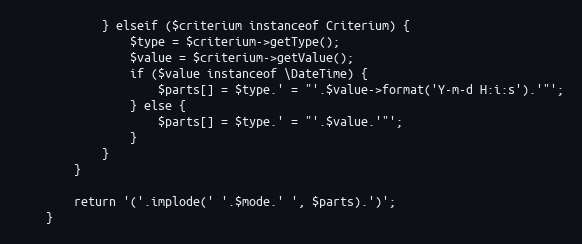
Language: PHP
            } elseif ($criterium instanceof Criterium) {
                $type = $criterium->getType();
                $value = $criterium->getValue();
                if ($value instanceof \DateTime) {
                    $parts[] = $type.' = "'.$value->format('Y-m-d H:i:s').'"';
                } else {
                    $parts[] = $type.' = "'.$value.'"';
                }
            }
        }

        return '('.implode(' '.$mode.' ', $parts).')';
    }